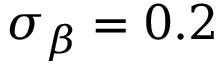
\sigma _ { \beta } = 0 . 2